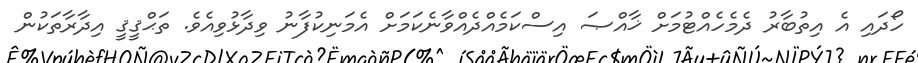
ހޯދައި އެ އިތުބާރު ދެމެހެއްޓުމަށް ޚާއްޞަ އިސްކަމެއްދެއްވާނެކަމަށް އެމަނިކުފާނު ވިދާޅުވިއެވެ. ތަޙްޤީޤީ އިދާރާތަކުން